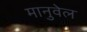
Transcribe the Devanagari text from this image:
मानुवेल